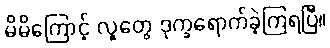
မိမိကြောင့် လူတွေ ဒုက္ခရောက်ခဲ့ကြရပြီ။